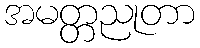
အမတ္တညုတာ